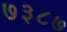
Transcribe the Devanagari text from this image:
७३८७